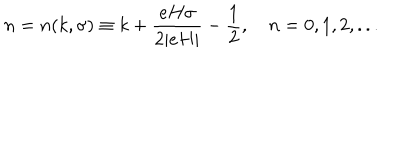
LaTeX: n = n ( k , \sigma ) \equiv k + \frac { e H \sigma } { 2 | e H | } - \frac { 1 } { 2 } , ~ n = 0 , 1 , 2 , . . .